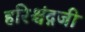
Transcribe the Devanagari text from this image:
हरिश्चंद्गजी